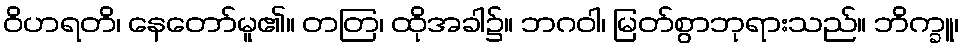
ဝိဟရတိ၊ နေတော်မူ၏။ တတြ၊ ထိုအခါ၌။ ဘဂဝါ၊ မြတ်စွာဘုရားသည်။ ဘိက္ခူ၊